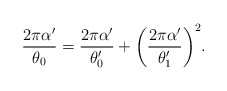
\begin{align*} \frac{2\pi\alpha^{\prime}}{\theta_0}=\frac{2\pi\alpha^{\prime}}{\theta_{0}^{\prime}}+ \biggl(\frac{2\pi\alpha^{\prime}}{\theta^{\prime}_1}\biggr)^2.\end{align*}